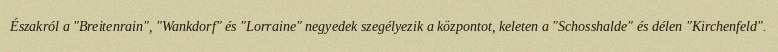
Északról a "Breitenrain", "Wankdorf" és "Lorraine" negyedek szegélyezik a központot, keleten a "Schosshalde" és délen "Kirchenfeld".